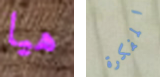
هيا المفكرة